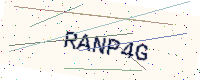
Text: RANP4G